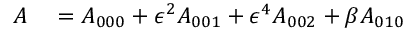
\begin{array} { r l } { A } & { { } = A _ { 0 0 0 } + \epsilon ^ { 2 } A _ { 0 0 1 } + \epsilon ^ { 4 } A _ { 0 0 2 } + \beta A _ { 0 1 0 } } \end{array}